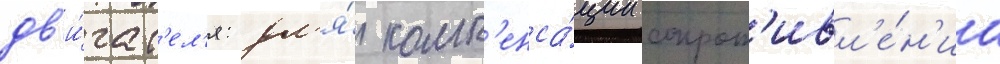
дв'и́гат'ел'я: дл'я́ комп'енса́ции сопрот'ивл'е́н'иа